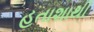
હતાશાથી